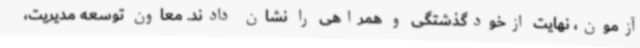
آزمون، نهایت ازخودگذشتگی و همراهی را نشان دادند. معاون توسعه مدیریت،